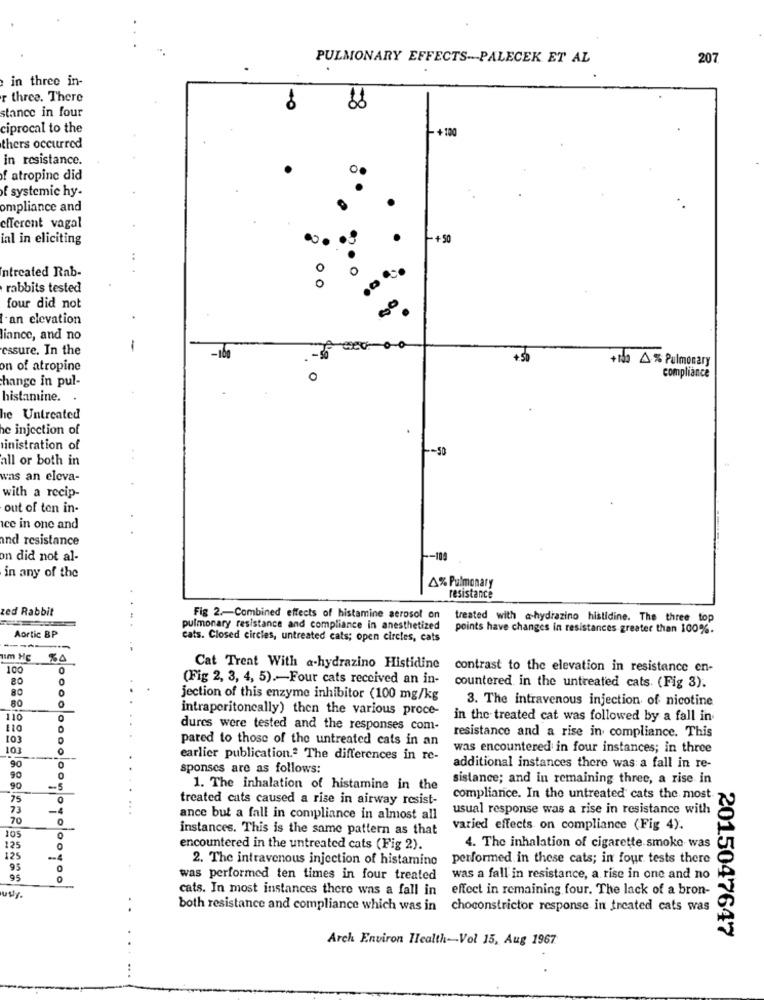
PULMONARY EFFECTS --- PALECEK ET AL
207
in three in-
r three. There
stance in four
ciprocal to the
+120
thers occurred
in resistance.
f atropine did
of systemic hy-
ompliance and
efferent vagal
ial in eliciting
+50
..
ntreated Rab-
0
0
rabbits tested
OO
four did not
an elevation
liance, and no
essure. In the
-
on of atropine
+1da A % Pulmonary
change in pul-
compliance
histamine.
he Untreated
he injection of
inistration of
all or both in
was an eleva-
with a recip-
out of ten in-
ice in one and
and resistance
on did not al-
-- 109
in any of the
4% Pulmonary
resistance
zed Rabbit
Fig 2 .- Combined effects of histamine aerosol on
treated with a hydrazino histidine. The three top
pulmonary resistance and compliance in anesthetized
points have changes in resistances greater than 100%.
Aortic BP
cats. Closed circles, untreated cats; open circles, cats
Im HC
80
100
0
Cat Treat With a-hydrazino Histidine
contrast to the elevation in resistance en-
0
(Fig 2, 3, 4, 5) .- Four cats received an in-
80
countered in the untreated cats. (Fig 3).
jection of this enzyme inhibitor (100 mg/kg
3. The intravenous injection of nicotine
intraperitoneally) then the various proce-
110
0
in the treated cat was followed by a fall in
110
dures were tested and the responses com-
103
pared to those of the untreated cats in an
resistance and a rise in compliance. This
103
was encountered in four instances; in three
90
earlier publication.ª The differences in re-
0
sponses are as follows:
additional instances there was a fall in re-
90
sistance; and in remaining three, a rise in
90
-5
1. The inhalation of histamine in the
75
0
treated cats caused a rise in airway resist-
compliance. In the untreated cats the most
73
-4
usual response was a rise in resistance with
70
0
ance but a fall in compliance in almost all
105
instances. This is the same pattern as that
varied effects on compliance (Fig 4).
0
125
encountered in the untreated cats (Fig 2).
4. The inhalation of cigarette smoke was
125
-4
2. The intravenous injection of histamino
performed in these cats; in four tests there
95
95
was performed ten times in four treated
was a fall in resistance, a rise in one and no
cats. In most instances there was a fall in
effect in remaining four. The lack of a bron-
usy
both resistance and compliance which was in choconstrictor response in treated cats was
2015047647
Arch Environ Health-Vol 15, Aug 1967